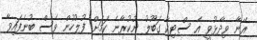
އޭނާ ވިދާޅުވީ އެ ސްޓިކާ ގަބޫލު ނުކުރާނެ ކަމަށް ފުލުހުން ވެސް ބުނެފައިވާ